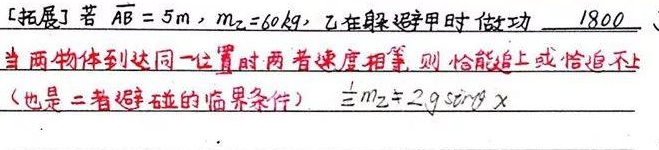
[拓展] 若 \(AB = 5m\)，\(m_{2}=60kg\)，乙在躲避甲时做功 \(1800\)（此处“\(1800\)”后单位缺失）。当两物体到达同一位置时两者速度相等，则恰能追上或恰追不上（也是二者避碰的临界条件）。